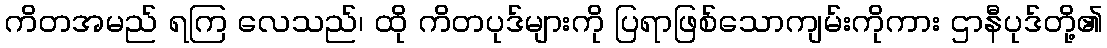
ကိတအမည် ရကြ လေသည်၊ ထို ကိတပုဒ်များကို ပြရာဖြစ်သောကျမ်းကိုကား ဌာနီပုဒ်တို့၏